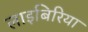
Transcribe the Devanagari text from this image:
लाइबिरिया